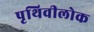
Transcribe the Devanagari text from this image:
पृथिवीलोक